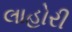
લાહોરી